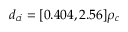
d _ { c i } = [ 0 . 4 0 4 , 2 . 5 6 ] \rho _ { c }